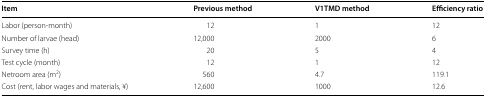
| Item | Previous method | V1TMD method | Efficiency ratio |
 | --- | --- | --- | --- |
 | Labor (person-month) | 12 | 1 | 12 |
 | Number of larvae (head) | 12,000 | 2000 | 6 |
 | Survey time (h) | 20 | 5 | 4 |
 | Test cycle (month) | 12 | 1 | 12 |
 | Netroom area (m2) | 560 | 4.7 | 119.1 |
 | Cost (rent, labor wages and materials, ¥) | 12,600 | 1000 | 12.6 |